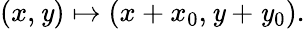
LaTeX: (x,\mathit{y})\mapsto(x+x_{0},\mathit{y}+\mathit{y}_{0}).